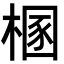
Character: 㮯